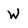
Character: W